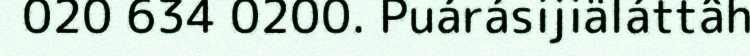
020 634 0200. Puárásijiäláttâh